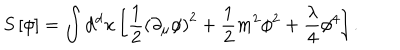
LaTeX: S \left[ \phi \right] = \int \mathrm { d ^ { d } } x \left[ { \frac { 1 } { 2 } } \left( \partial _ { \mu } \phi \right) ^ { 2 } + { \frac { 1 } { 2 } } m ^ { 2 } \phi ^ { 2 } + { \frac { \lambda } { 4 } } \phi ^ { 4 } \right] .